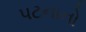
પટનાનો